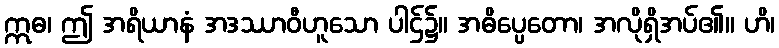
ဣဓ၊ ဤ အရိယာနံ အဒဿာဝီဟူသော ပါဌ်၌။ အဓိပ္ပေတော၊ အလိုရှိအပ်၏။ ဟိ၊